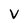
Character: V